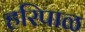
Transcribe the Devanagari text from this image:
हरिपाळ